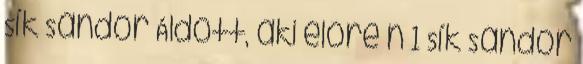
Sík Sándor Áldott, aki előre n 1 Sík Sándor